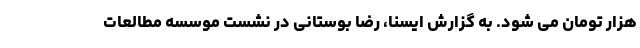
هزار تومان می شود. به گزارش ایسنا، رضا بوستانی در نشست موسسه مطالعات